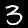
Label: 3